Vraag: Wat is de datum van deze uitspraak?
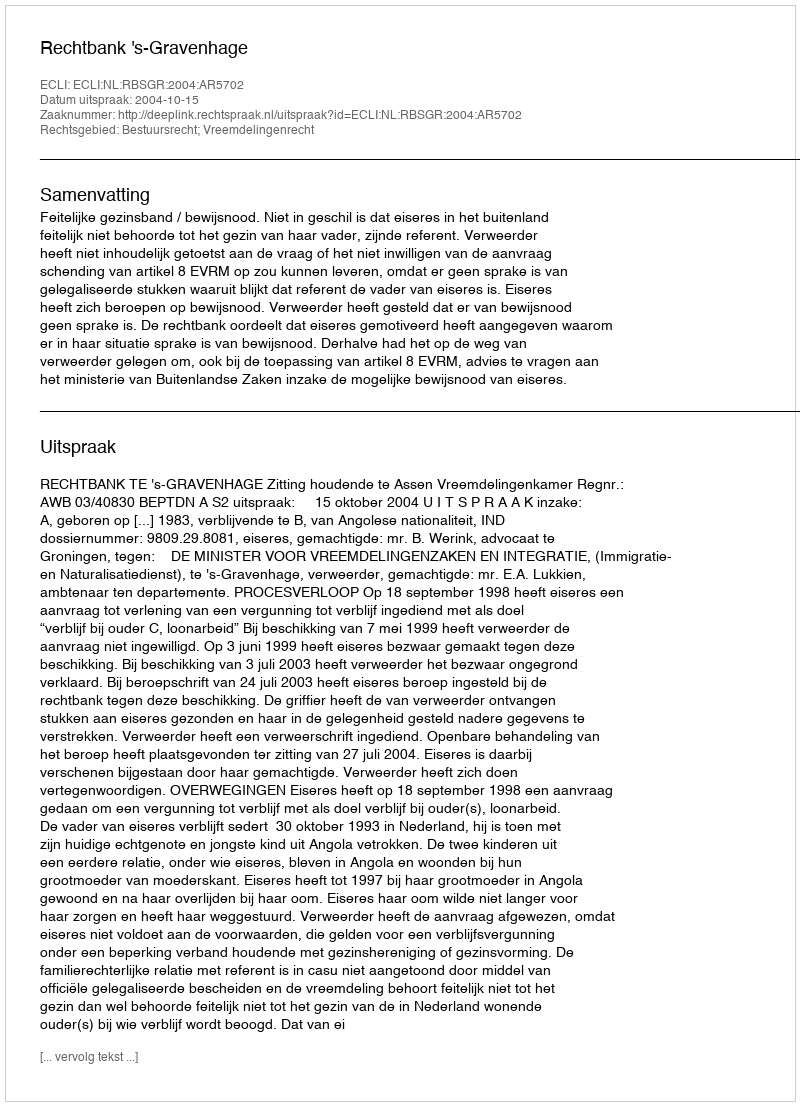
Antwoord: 2004-10-15